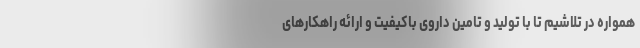
همواره در تلاشیم تا با تولید و تامین داروی باکیفیت و ارائه راهکارهای